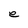
Character: e